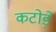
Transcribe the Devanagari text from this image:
कटोड़े